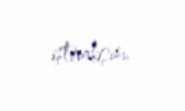
iştirakçısı.